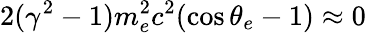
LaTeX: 2(\gamma^{2}-1)m_{e}^{2}c^{2}(\cos\theta_{e}-1)\approx 0